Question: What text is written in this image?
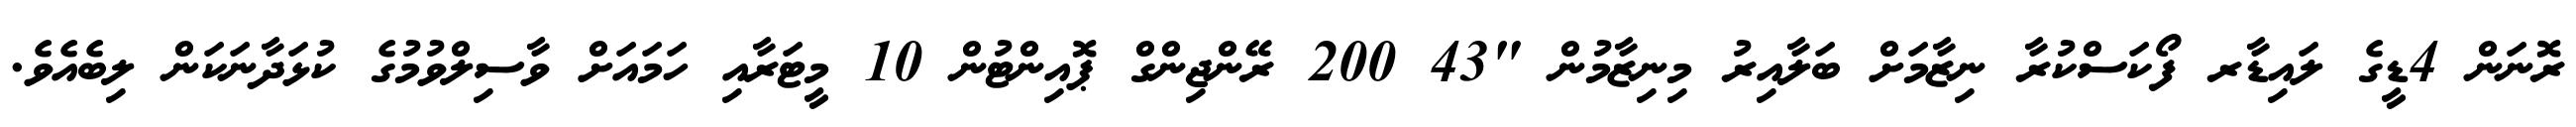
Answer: ރޮނަން 4ޑީގެ ލައިޑާރ ފޯކަސްކުރާ ނިޒާމަށް ބަލާއިރު މިނިޒާމުން "43 200 ރޭންޖިންގް ޕޮއިންޓުން 10 މީޓަރާއި ހަމައަށް ވާސިލްވުމުގެ ކުޅަދާނަކަން ލިބެއެވެ.